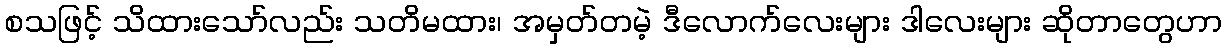
စသဖြင့် သိထားသော်လည်း သတိမထား၊ အမှတ်တမဲ့ ဒီလောက်လေးများ ဒါလေးများ ဆိုတာတွေဟာ